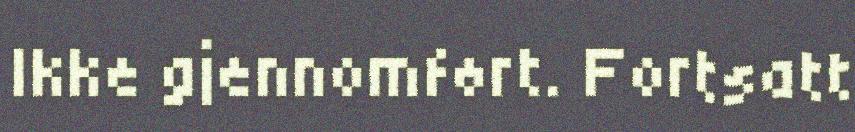
Ikke gjennomført. Fortsatt